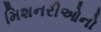
મિશનરીઓનો